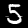
Label: 5